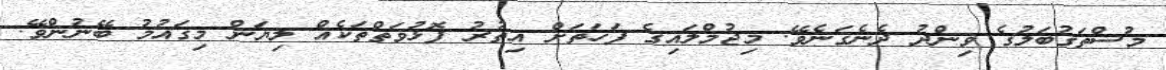
މުސްތަގުބަލުގެ ވިންދު ދެނެގަނެވޭ. މިޖުމްލައިގެ ފަހަތަށް އިތުރު ފޮޅުވަތްތަކެއް ލިޔަން މިގައުމު ބޭނުންވޭ.